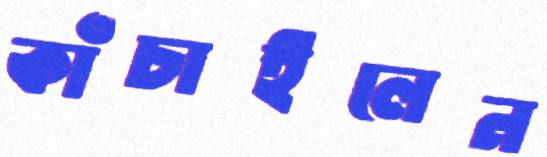
কাঁচাইলেন